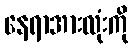
နေရာအားလုံးကို